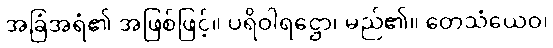
အခြံအရံ၏ အဖြစ်ဖြင့်။ ပရိဝါရဋ္ဌော၊ မည်၏။ တေသံယေဝ၊